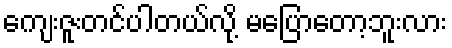
ကျေးဇူးတင်ပါတယ်လို့ မပြောတော့ဘူးလား